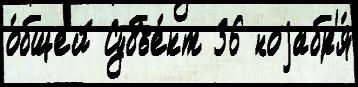
о́бщей Субъе́кт 36 ноjабр'я́